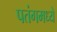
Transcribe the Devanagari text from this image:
पतंगमध्ये